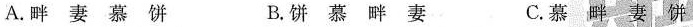
A.畔 妻 慕 饼 B.饼 慕 畔 妻 C.慕 畔 妻 饼